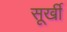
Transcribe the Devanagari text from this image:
सूर्खी